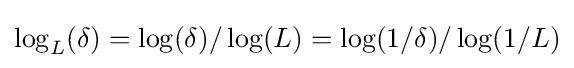
\log _{L}(\delta )=\log(\delta )/\log(L)=\log(1/\delta )/\log(1/L)